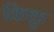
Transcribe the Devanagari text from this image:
किकु